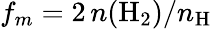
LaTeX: f_{m}=2\, n(\mathrm{H}_{2})/n_{\mathrm{H}}